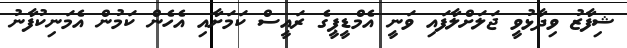
ޝިފާޒު ވިދާޅުވީ ޖަލަށްލާފައި ވަނީ އެމްޑީޕީގެ ރައީސް ކަމަށާއި އެހެން ކަމުން އެމަނިކުފާނު